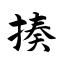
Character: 揍